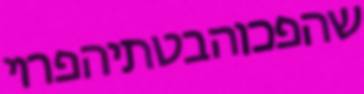
שהפכוהבטתיהפרוי